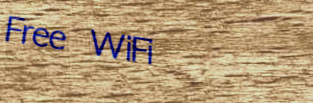
Free WiFi